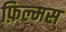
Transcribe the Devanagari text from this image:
फ़िल्मस्